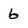
Character: 6